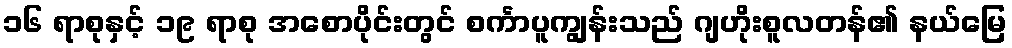
၁၆ ရာစုနှင့် ၁၉ ရာစု အစောပိုင်းတွင် စင်္ကာပူကျွန်းသည် ဂျဟိုးစူလတန်၏ နယ်မြေ